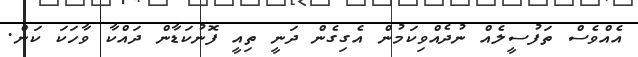
އެއްވެސް ތަފުސީލެއް ނުދެއްވިކަމުން އެގިގެން ދަނީ ތިއީ ފޮނުކަޑާން ދައްކާ ވާހަކަ ކަން.